Vaccination returns of the Province of Eastern Bengal and Assam - 1905-1912
Year: 1905
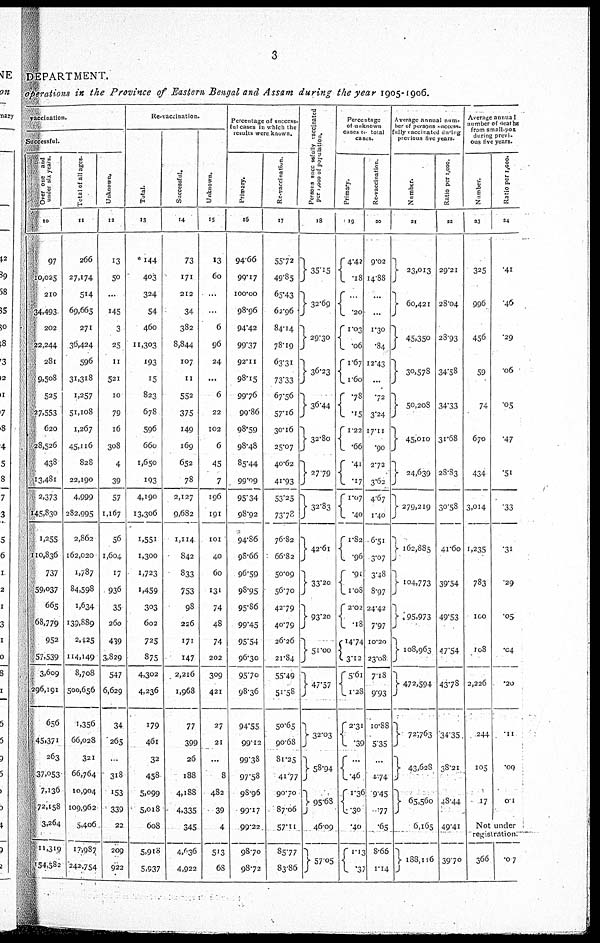
3
DEPARTMENT.
operations in the Province of Eastern Bengal and Assam during the year 1905-1906.
vaccination.
Successful.
Over one and
under six years.
10
97
10,025
210
34,493
202
22,244
281
9,508
525
27,553
620
28,526
438
13,481
2,373
145,830
1,255
110,836
737
59,037
665
68,779
952
57,539
3,609
296,191
656
45,371
263
37,053
7,136
72,158
3,264
11,319
154,582
Total of all ages.
11
266
27,174
514
69,665
271
36,424
596
31,318
1,257
51,108
1,267
45,116
828
22,190
4,999
282,995
2,862
162,020
1,787
84,598
1,634
139,889
2,425
114,149
8,708
500,656
1,356
66,028
321
66,764
10,904
109,962
5,406
17,987
242,754
Unknown.
12
13
50
...
145
3
25
11
521
10
79
16
308
4
39
57
1,167
56
1,604
17
936
35
260
439
3,829
547
6,629
34
265
...
318
153
339
22
209
922
Re-vaccination.
Total.
13
144
403
324
54
460
11,303
193
15
823
678
596
660
1,650
193
4,190
13,306
1,551
1,300
1,723
1,459
303
602
725
875
4,302
4,236
179
461
32
458
5,099
5,018
608
5,918
5,937
Successful.
14
73
171
212
34
382
8,844
107
11
552
375
149
169
652
78
2,127
9,682
1,114
842
833
753
98
226
171
147
2,216
1,968
77
399
26
188
4,188
4,335
345
4,036
4,922
Unknown.
15
13
60
...
...
6
96
24
...
6
22
102
6
45
7
196
191
101
40
60
131
74
48
74
202
309
421
27
21
...
8
482
39
4
513
68
Percentage of success-
ful cases in which the
results were known.
Primary.
16
94.66
99.17
100.00
98.96
94.42
99.37
92.11
98.15
99.76
99.86
98.59
98.48
85.44
99.09
95.34
98.92
94.86
98.66
96.59
98.95
95.86
99.45
95.54
96.30
95.7o
98.36
94.55
99.12
99.38
97.58
98.96
99.17
99.22
98.70
98.72
Re-vaccination.
17
55.72
49.85
65.43
62.96
84.14
78.19
63.31
73.33
67.56
57.16
30.16
25.07
40.62
41.93
53.25
73.78
76.82
66.82
50.09
56.70
42.79
40.79
26.26
21.84
55.49
51.58
50.65
90.68
81.25
41.77
90.70
87.06
57.11
85.77
83.86
Persons successfully vaccinated
per 1,000 of population.
18
35.15
32.69
29.30
36.23
36.44
32.80
27.79
32.83
42.61
33.20
93.20
51.00
47.57
32.03
58.94
95.68
46.09
57.05
Percentage
of unknown
cases to total
cases.
Primary.
19
4.42
. 18
... .20
1.03
.06
1.67
1.60
.78
.15
1.22
.66
.41 .17
1.07
.40
1.82
.96
.91
1.08
2.02
.18
14.74
3.12
5.61
1.28
2.31
.39
... .46
1.36
.30
.40
1.13
.37
Re-vaccination.
20
9.02
14.88
...
...
1.30
.84
12.43
...
.72
3.24
17.11
.90
2.72
3.62
4.67
1.40
6.51
3.07
3.48
8.97
24.42
7.97
10.20
23.08
7.18
9.93
10.88
5.35
...
1.74
9.45
.77
.65
8.66
1.14
Average annual num¬
ber of persons success¬
fully vaccinated during
previous five years.
Number.
21
23,013
60,421
45,350
30,578
50,208
45,010
24,639
279,219
162,885
104,773
95,973
108,963
472,594
72,763
43,628
65,560
6,165
188,116
Ratio per 1,000.
22
29.21
28.04
28.93
34.58
34.33
31.68
28.83
30.58
41.60
39.54
49.53
47.54
43.78
34.35
38.21
48.44
49.41
39.70
Average annual
number of deaths
from small-pox
during previ¬
ous five years.
Number.
23
325
996
456
59
74
670
434
3,014
1,235
783
100
108
2,226
244
105
17
Ratio per 1,000.
24
.41
.46
.29
.06
.05
.47
.51
.33
.31
.29
.05
.04
.20
.11
.09
0.1
Not under
registration.
366
.07